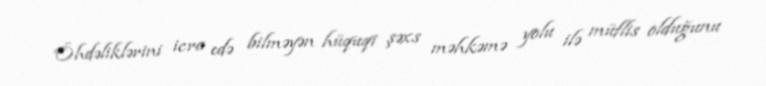
Öhdəliklərini icra edə bilməyən hüquqi şəxs məhkəmə yolu ilə müflis olduğunu